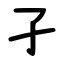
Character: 孑